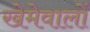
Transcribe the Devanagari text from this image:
खेमेवालों